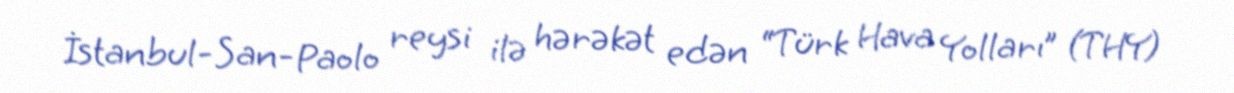
İstanbul-San-Paolo reysi ilə hərəkət edən “Türk Hava Yolları” (THY)